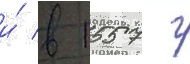
и́ в 1557 г